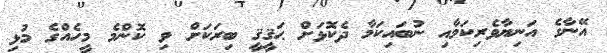
އޭނާގެ އަނިޔާވެރިކަމާއި ނުބައިކަމާ ދެކޮޅަށް ޙަޤީޤީ ބިރަކަށް ވި ކޮންމެ މީހެއްގެ މުޅި